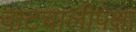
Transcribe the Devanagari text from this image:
वाटचालीपेक्षा